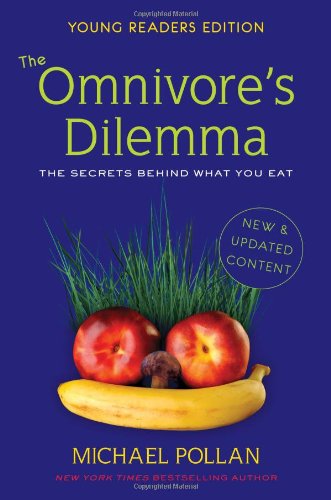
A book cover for The Omnivore's Dilemma: The Secrets Behind What You Eat, Young Readers Edition; Michael Pollan; Children's Books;